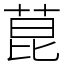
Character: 菎